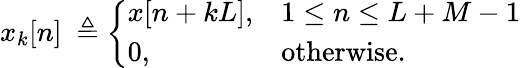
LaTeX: x_{k}[n]\ \triangleq{\left\{ \begin{array}{ll}{x[n+kL],}&{1\leq n\leq L+M-1}\\ {0,}&{{\textrm{otherwise}}.}\end{array}\right.}